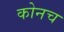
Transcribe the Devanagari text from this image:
कोनच